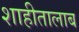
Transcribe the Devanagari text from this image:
शाहीतालाब